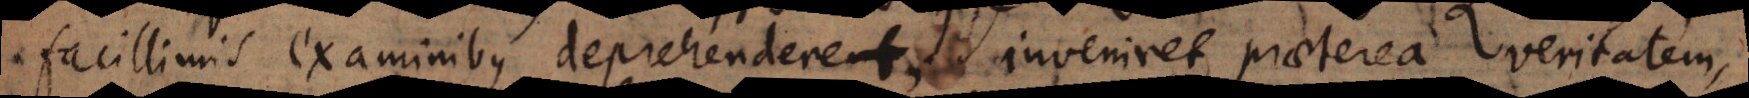
facillimis examinibus deprehenderet, inveniret praeterea veritatem,